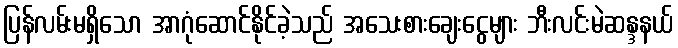
ပြန်လမ်းမရှိသော အာဂုံဆောင်နိုင်ခဲ့သည် အသေးစားချေးငွေများ ဘီးလင်းမဲဆန္ဒနယ်